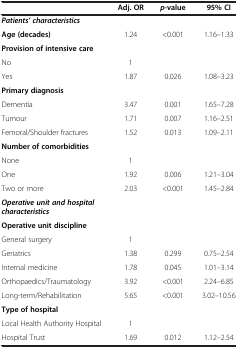
<table><thead><tr><td><b> </b></td><td><b>Adj. OR</b></td><td><b><i>p</i>-value</b></td><td><b>95%CI</b></td></tr></thead><tbody><tr><td><b><i>Patients’ characteristics</i></b></td><td> </td><td> </td><td> </td></tr><tr><td><b>Age (decades)</b></td><td>1.24</td><td>&lt;0.001</td><td>1.16–1.33</td></tr><tr><td><b>Provision of intensive care</b></td><td> </td><td> </td><td> </td></tr><tr><td>No</td><td>1</td><td> </td><td> </td></tr><tr><td>Yes</td><td>1.87</td><td>0.026</td><td>1.08–3.23</td></tr><tr><td><b>Primary diagnosis</b></td><td> </td><td> </td><td> </td></tr><tr><td>Dementia</td><td>3.47</td><td>0.001</td><td>1.65–7.28</td></tr><tr><td>Tumour</td><td>1.71</td><td>0.007</td><td>1.16–2.51</td></tr><tr><td>Femoral/Shoulder fractures</td><td>1.52</td><td>0.013</td><td>1.09–2.11</td></tr><tr><td><b>Number of comorbidities</b></td><td> </td><td> </td><td> </td></tr><tr><td>None</td><td>1</td><td> </td><td> </td></tr><tr><td>One</td><td>1.92</td><td>0.006</td><td>1.21–3.04</td></tr><tr><td>Two or more</td><td>2.03</td><td>&lt;0.001</td><td>1.45–2.84</td></tr><tr><td><b><i>Operative unit and hospital characteristics</i></b></td><td> </td><td> </td><td> </td></tr><tr><td><b>Operative unit discipline</b></td><td> </td><td> </td><td> </td></tr><tr><td>General surgery</td><td>1</td><td> </td><td> </td></tr><tr><td>Geriatrics</td><td>1.38</td><td>0.299</td><td>0.75–2.54</td></tr><tr><td>Internal medicine</td><td>1.78</td><td>0.045</td><td>1.01–3.14</td></tr><tr><td>Orthopaedics/Traumatology</td><td>3.92</td><td>&lt;0.001</td><td>2.24–6.85</td></tr><tr><td>Long-term/Rehabilitation</td><td>5.65</td><td>&lt;0.001</td><td>3.02–10.56</td></tr><tr><td><b>Type of hospital</b></td><td> </td><td> </td><td> </td></tr><tr><td>Local Health Authority Hospital</td><td>1</td><td> </td><td> </td></tr><tr><td>Hospital Trust</td><td>1.69</td><td>0.012</td><td>1.12–2.54</td></tr></tbody></table>